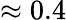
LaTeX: \approx 0.4